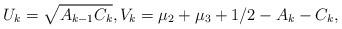
LaTeX: \begin{align*} U_{k}=\sqrt{A_{k-1}C_{k}},V_{k}=\mu_2+\mu_3+1/2-A_{k}-C_{k},\end{align*}